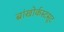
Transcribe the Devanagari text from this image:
ब्रांखोर्कस्टसूट